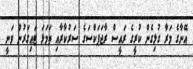
އޭނާގެ މަރާ ގުޅިގެން ކުރީގެ ރައީސް ރާޖަޕަކްސަގެ ސަރުކާރާއި ތަމަޅަ ޓައިގަރުން ވަނީ